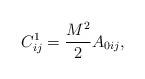
LaTeX: \begin{align*}C_{ij}^1=\frac{M^2}2A_{0ij},\end{align*}